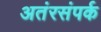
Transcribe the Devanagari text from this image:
अतंरसंपर्क